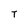
Character: T